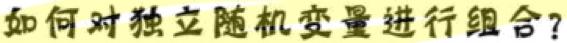
如何对独立随机变量进行组合？